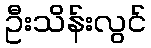
ဦးသိန်းလွင်